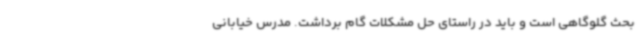
بحث گلوگاهی است و باید در راستای حل مشکلات گام برداشت. مدرس خیابانی